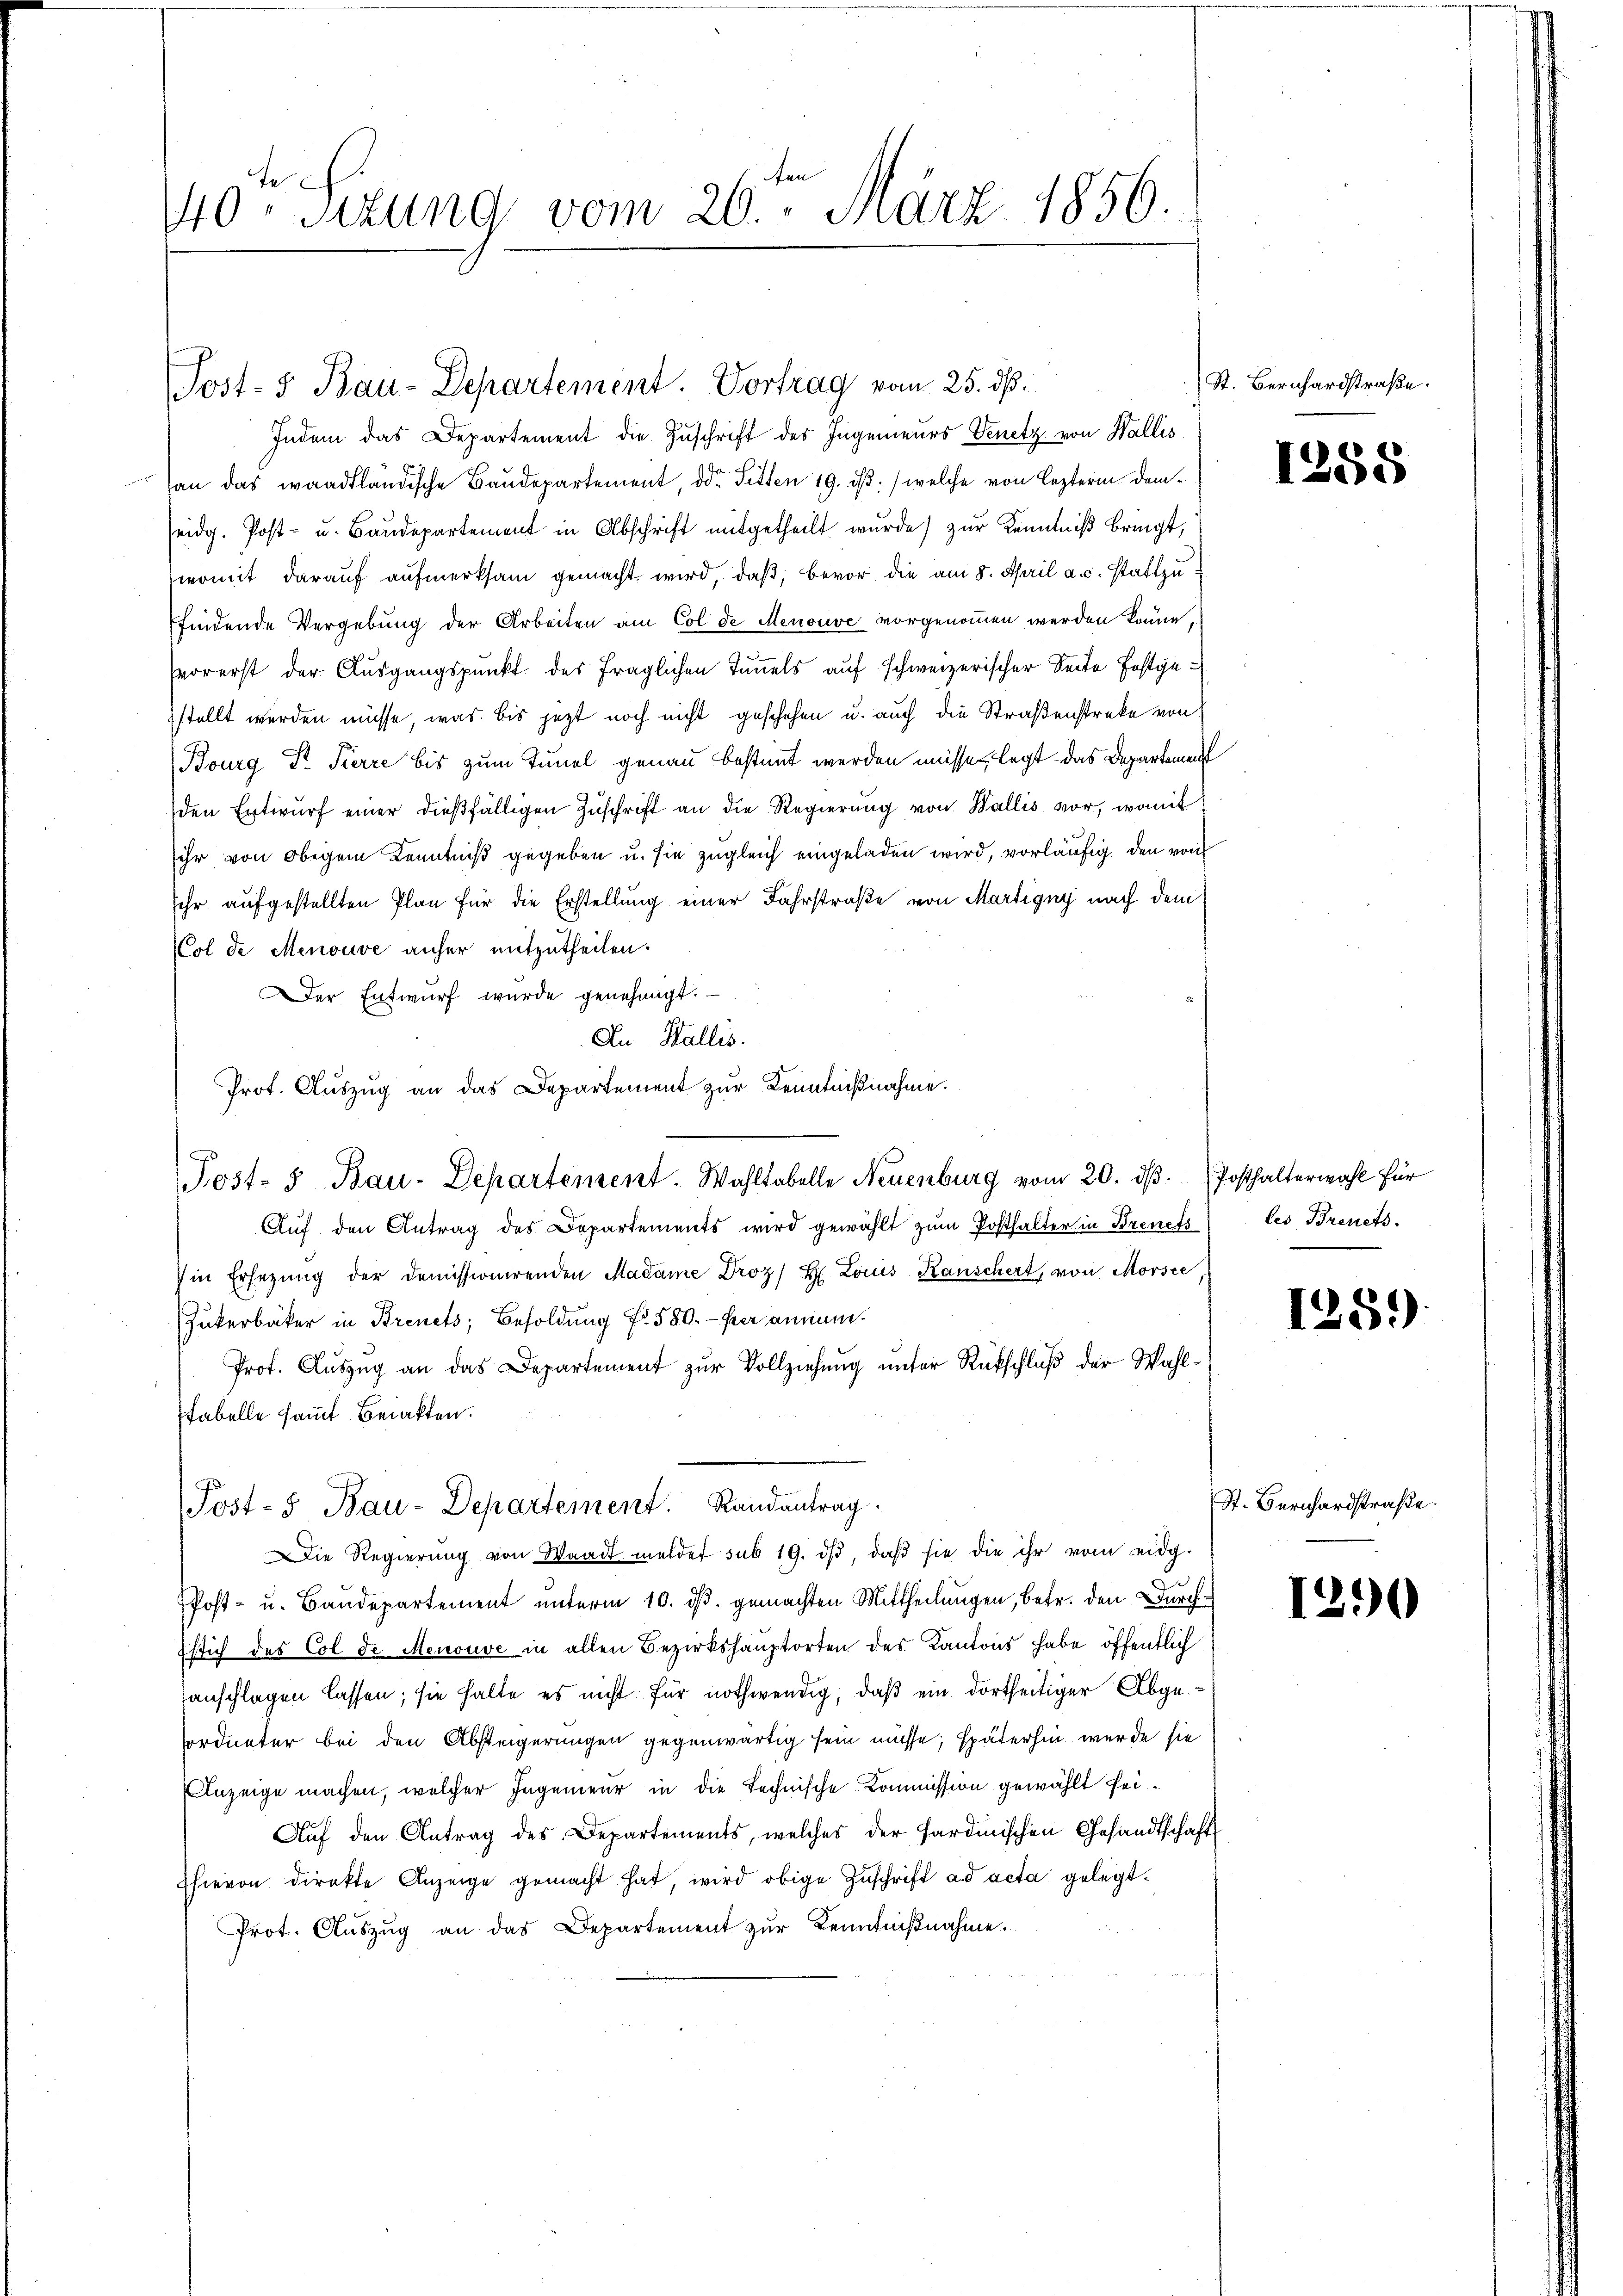
40te Sitzung vom 26ten März 1856.

Post- & Bau-Departement. Vortrag vom 25. ds.

Indem das Departement die Zuschrift des Ingenieurs Venetz von Wallis
an das waadtländische Baudepartement, der Sitten 19. dβ / welche von leztern demseidg. Post- u. Baudepartement in Abschrift mitgetheilt wurde) zur Kenntniß bringt,
womit darauf aufmerksam gemacht wird, daß, bevor die am 8. April a.c. stattzuffindende Vergebung der Arbeiten am Col de Menouve vorgenommen werden könne,
vorerst der Ausgangspunkt des fraglichen Tunnels auf schweizerischer Seite festgestellt werden müsse, was bis jetzt noch nicht geschehen u. auch die Straßenstreke von
Bourg Fr. Tierre bis zum Tunal genau bestimmt werden müsse, legt das Departement
den Entwurf einer dießfälligen Zuschrift an die Regierung von Wallis vor, womit
sihr von obigem Kenntniß gegeben u. sie zugleich eingeladen wird, vorläufig den von
sehr aufgestellten Plan für die Erstellung einer Fahrstraße von Martigny nach dem
Col de Menouve anher mitzutheilen.
er Entwurf wurde genehmigt.
Aŭf den Antrag des Departements wird gewählt zum Posthalter in Brenes
in Ersezung der Demissionirenden Madame Droz/ H. Louis Kanschert, von Morsee
Zukerbäcker in Brinets; Besoldung f. 580.- per annum¬
Prof. Auszug an das Departement zur Vollziehung unter Rückschluß der Wahlfabelle samt Beiakten.
Post- 5. Bau-Departement. Randantrag
Die Regierŭng von Waadt meldet sub 19. dβ, daβ sie die ihr vom eidg.
Post- u. Baudepartement unterm 10. dβ. gemachten Mittheilungen, betr. den Durch¬
Esich des Col de Menouve in allen Bezirkshauptorten des Kantons habe öffentlich
anschlagen lassen; sie halte es nicht für nothwendig, daß ein dortseitiger Abgesordneter bei den Absteigerungen gegenwärtig sein müsse; späterhin wurde sie
Anzeige machen, welcher Ingenieur in die technische Kommission gewählt sei¬
Aŭf den Antrag des Departements, welches der Hardmischen Gesandtschaft
hievon direkte Anzeige gemacht hat, wird obige Zŭschrift ad acta gelegt.
Prot. Aŭszŭg an das Departement zur Kenntnißnahme.

A

An Wallis.
Prot. Auszug an das Departement zur Kenntnißnahme.
Post- u Bau-Departement. Wahltabelle Neuenburg vom 20. dβ. Posthalterwahl für

St. Bernhardstraße.

1258

les Brevets.

1259)

St. Bernhardstraße.

1290